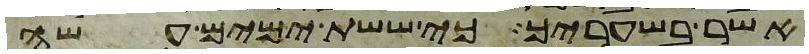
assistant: אשר בשעריך כי ששת ימים עשה